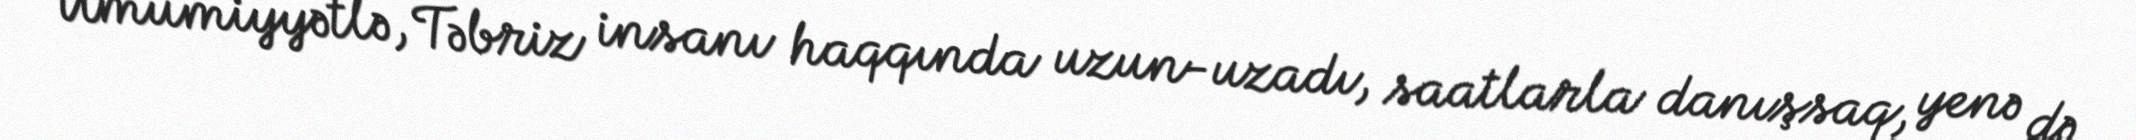
Ümumiyyətlə, Təbriz insanı haqqında uzun-uzadı, saatlarla danışsaq, yenə də